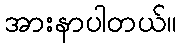
အားနာပါတယ်။